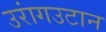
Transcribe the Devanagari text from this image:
उरांगउटान